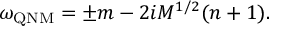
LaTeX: \omega _ { \mathrm { Q N M } } = \pm m - 2 i M ^ { 1 / 2 } ( n + 1 ) .